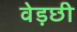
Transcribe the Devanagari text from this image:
वेड़छी